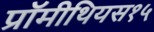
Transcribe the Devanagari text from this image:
प्रॉमीथियस१५